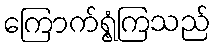
ကြောက်ရွံ့ကြသည်